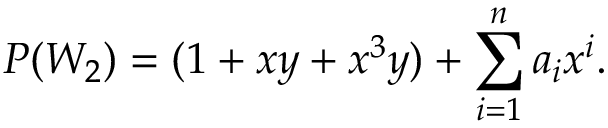
P ( W _ { 2 } ) = ( 1 + x y + x ^ { 3 } y ) + \sum _ { i = 1 } ^ { n } a _ { i } x ^ { i } .